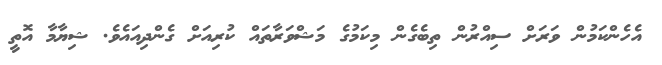
އެހެންކަމުން ވަރަށް ސިއްރުން ތިބެގެން މިކަމުގެ މަޝްވަރާތައް ކުރިއަށް ގެންދިއައެވެ. ޝިޔާމާ އޮތީ